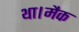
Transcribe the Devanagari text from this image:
था।मैक